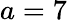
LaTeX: a=7